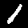
Label: 1